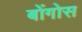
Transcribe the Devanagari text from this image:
बोंगोस